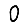
Digit: 0